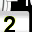
Digit: 2